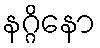
နဂ္ဂိနော